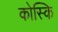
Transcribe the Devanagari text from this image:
कोस्कि